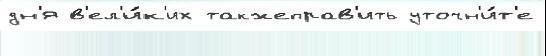
дн'я в'ел'и́к'их такжеправ'ить уточн'и́т'е